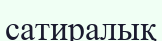
сатиралық